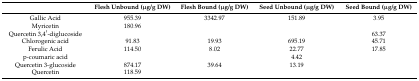
|  | Flesh Unbound (μg/g DW) | Flesh Bound (μg/g DW) | Seed Unbound (μg/g DW) | Seed Bound (μg/g DW) |
 | --- | --- | --- | --- | --- |
 | Gallic Acid | 955.39 | 3342.97 | 151.89 | 3.95 |
 | Myricetin | 180.96 |  |  |  |
 | Quercetin 3,4′-diglucoside |  |  |  | 63.37 |
 | Chlorogenic acid | 91.83 | 19.93 | 695.19 | 45.71 |
 | Ferulic Acid | 114.50 | 8.02 | 22.77 | 17.85 |
 | p-coumaric acid |  |  | 4.42 |  |
 | Quercetin 3-glucoside | 874.17 | 39.64 | 13.19 |  |
 | Quercetin | 118.59 |  |  |  |